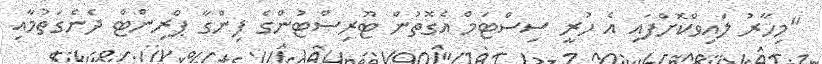
"މިހާރު ލައިވްކޮށްފައި އެ ހުރީ ސިސްޓަމް އެގޮތުން ޓޫރިސްޓުންގެ ފިންގާ ޕްރިންޓް ދެނެގަތުމާއި